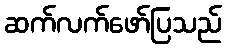
ဆက်လက်ဖော်ပြသည်